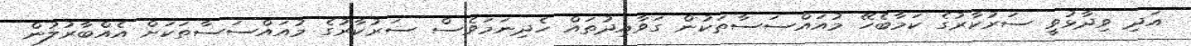
އަދި ވިދާޅުވީ ސަރުކާރުގެ ކަމާބެހޭ މުއައްސަސާތަކުން ގަވާއިދުތައް ހެދިނަމަވެސް ސަރުކާރުގެ މުއައްސަސާތަކަށް އެއްބާރުލުން